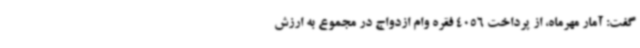
گفت: آمار مهرماه، از پرداخت 4056 فقره وام ازدواج در مجموع به ارزش